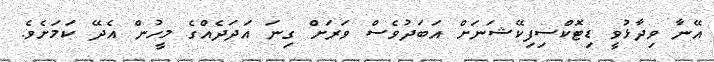
އޭނާ ވިދާޅުވީ ޑިޓޮކްސިފިކޭޝަނަށް އަބަދުވެސް ވަރަށް ގިނަ އަދަދެއްގެ މީހުން އެދޭ ކަމަށެވެ.